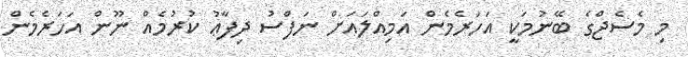
މި މެސެޖްގެ ބޭނުމަކީ އަހަރެމެން އަމިއްލައަށް ނަފްސު ދިފާޢު ކުރުމެއް ނޫން އަހަރެމެން